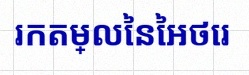
រកតម្លៃនៃអថេរ